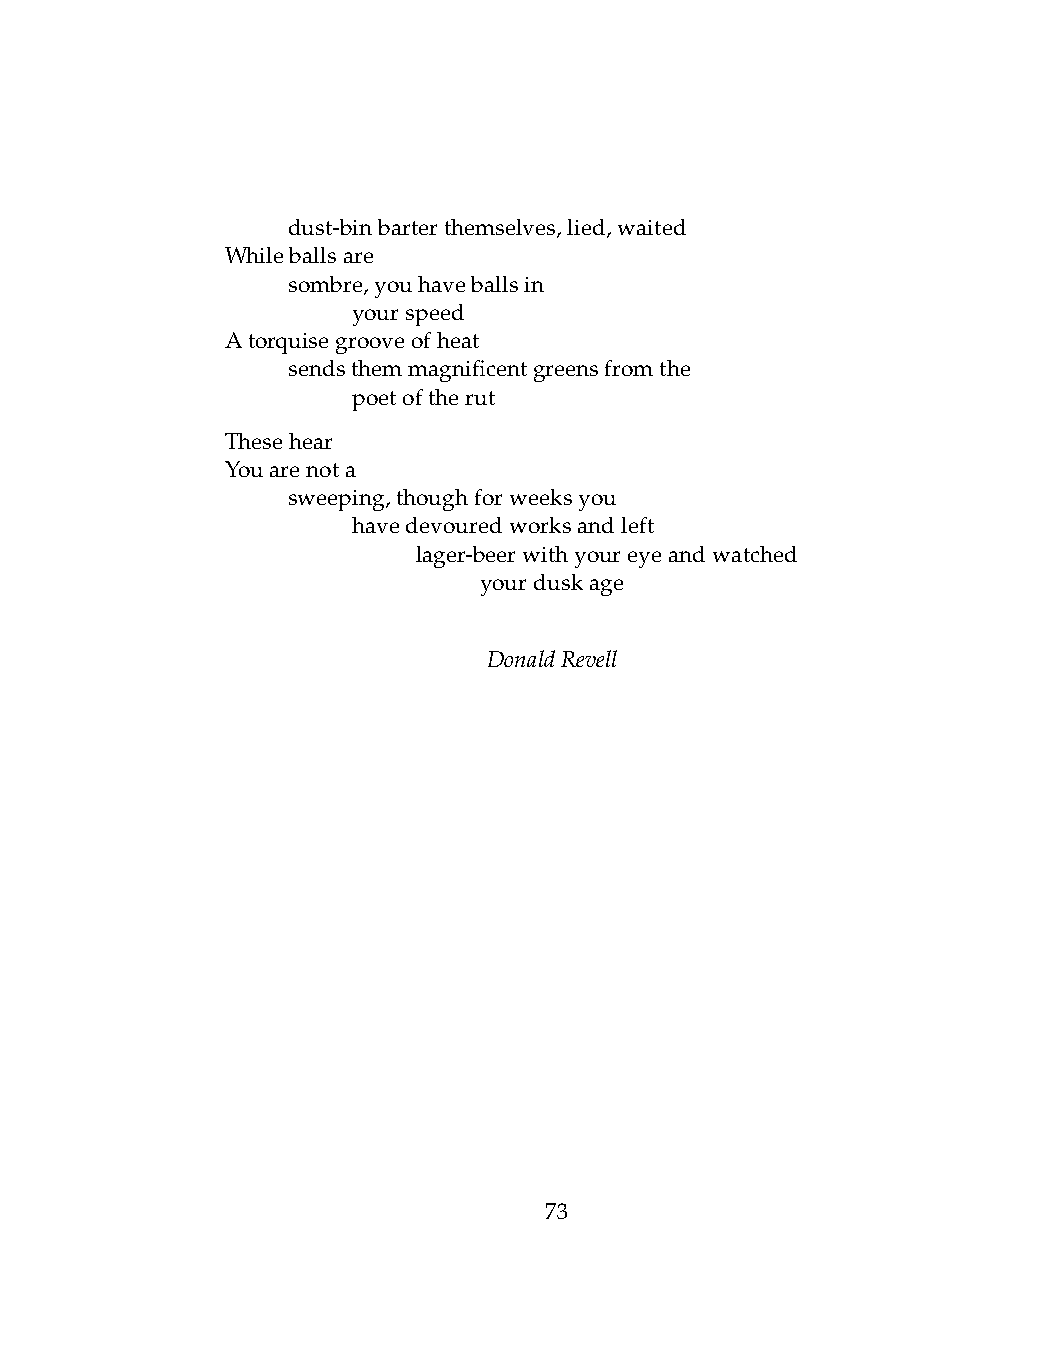
.   dust-binbarterthemselves,lied,waited
 Whileballsare
 .   sombre,youhaveballsin
 .   .   yourspeed
 Atorquisegrooveofheat
 .   sendsthemmagnificentgreensfromthe
 .   .   poetoftherut
 Thesehear
 Youarenota
 .   sweeping,thoughforweeksyou
 .   .   havedevouredworksandleft
 .   .   .    lager-beerwithyoureyeandwatched
 .   .   .    .   yourduskage
 DonaldRevell
 73